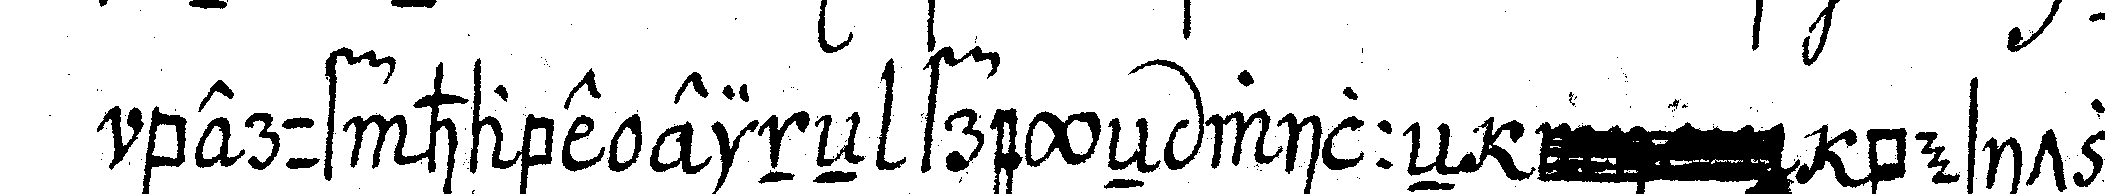
beruf habe eineN freyeN willeN besitze